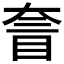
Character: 𡙄